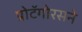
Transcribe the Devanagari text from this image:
प्रोटॅगोरसने